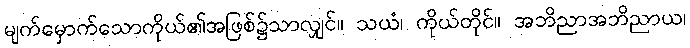
မျက်မှောက်သောကိုယ်၏အဖြစ်၌သာလျှင်။ သယံ၊ ကိုယ်တိုင်။ အဘိညာအဘိညာယ၊